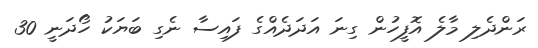
ރަންދެލި މާލެ އޮފީހުން ގިނަ އަދަދެއްގެ ފައިސާ ނެގި ބަޔަކު ހޯދަނީ 30